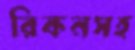
রিকনসহ